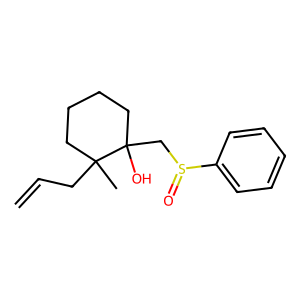
SMILES: C=CCC1(C)CCCCC1(O)CS(=O)c1ccccc1
Inhibits HIV replication: No